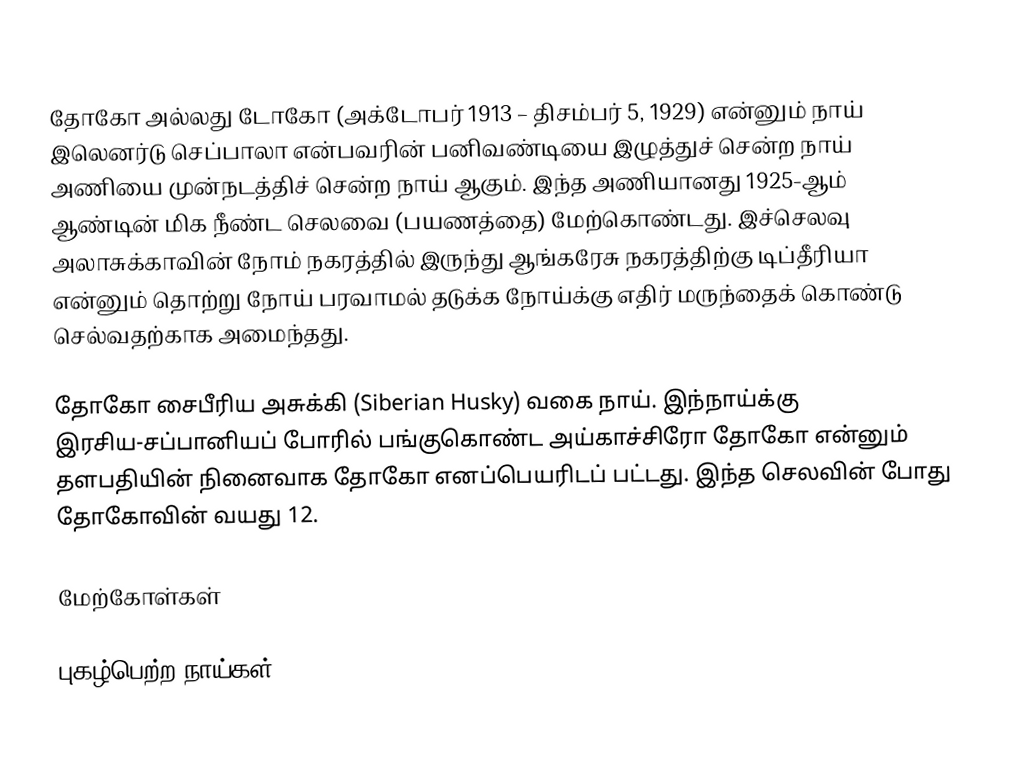
தோகோ அல்லது டோகோ (அக்டோபர் 1913 – திசம்பர் 5, 1929) என்னும் நாய் இலெனர்டு செப்பாலா என்பவரின் பனிவண்டியை இழுத்துச் சென்ற நாய் அணியை முன்நடத்திச் சென்ற நாய் ஆகும். இந்த அணியானது 1925-ஆம் ஆண்டின் மிக நீண்ட செலவை (பயணத்தை) மேற்கொண்டது. இச்செலவு அலாசுக்காவின் நோம் நகரத்தில் இருந்து ஆங்கரேசு நகரத்திற்கு டிப்தீரியா என்னும் தொற்று நோய் பரவாமல் தடுக்க நோய்க்கு எதிர் மருந்தைக் கொண்டு செல்வதற்காக அமைந்தது.

தோகோ சைபீரிய அசுக்கி (Siberian Husky) வகை நாய். இந்நாய்க்கு இரசிய-சப்பானியப் போரில் பங்குகொண்ட அய்காச்சிரோ தோகோ என்னும் தளபதியின் நினைவாக தோகோ எனப்பெயரிடப் பட்டது. இந்த செலவின் போது தோகோவின் வயது 12.

மேற்கோள்கள்

புகழ்பெற்ற நாய்கள்